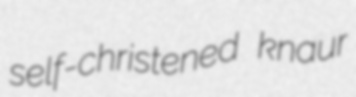
self-christened knaur